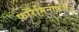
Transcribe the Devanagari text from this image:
फ़ोरैमिनीफ़ेरीय